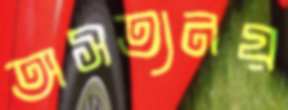
অসত্যনয়